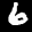
Label: 6